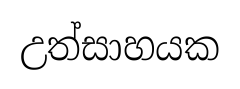
උත්සාහයක